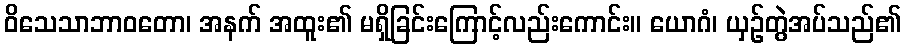
ဝိသေသာဘာဝတော၊ အနက် အထူး၏ မရှိခြင်းကြောင့်လည်းကောင်း။ ယောဂံ၊ ယှဉ်တွဲအပ်သည်၏